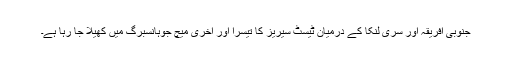
جنوبی افریقہ اور سری لنکا کے درمیان ٹیسٹ سیریز کا تیسرا اور آخری میچ جوہانسبرگ میں کھیلا جا رہا ہے۔